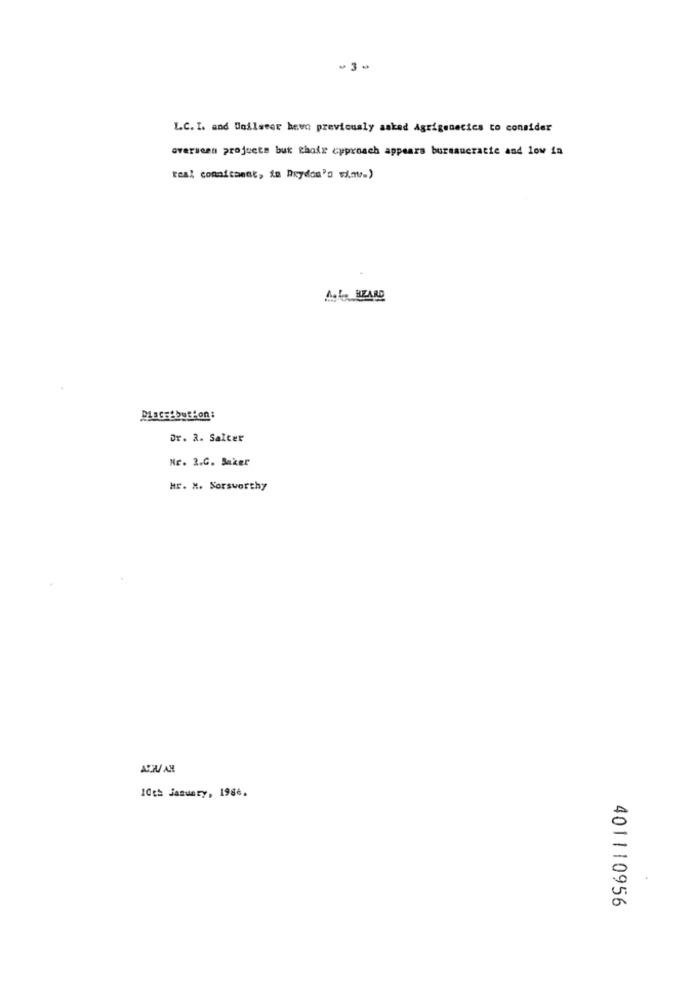
-3 .
L.C. I. and Unilseer bevo previously asked Agrigenecies to consider
overseen projects but chole cyproach appears bureaucratie and low in
real connitaent, in Arydos's wi.m.)
A.Le HEARD
DlaGr&bution:
Dr. 2. Salter
Nr. 2.C. Saker
HE. X. Sorsworthy
10th January, 1986.
401110956